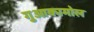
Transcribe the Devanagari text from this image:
गुआकामोल